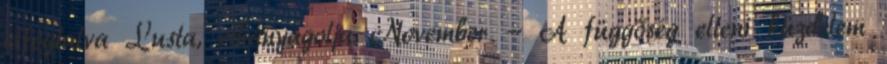
elfoglalva Lusta, elhanyagolja November - A függőség elleni küzdelem